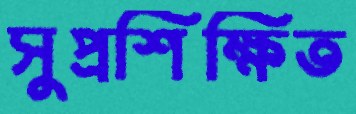
সুপ্রশিক্ষিত